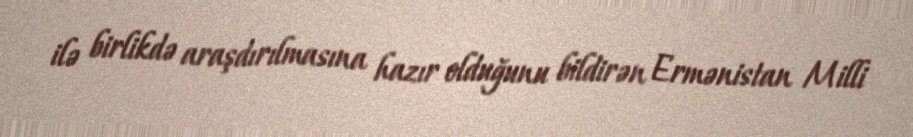
ilə birlikdə araşdırılmasına hazır olduğunu bildirən Ermənistan Milli